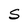
Character: S